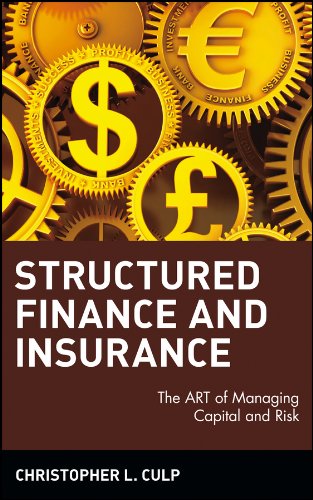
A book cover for Structured Finance and Insurance: The ART of Managing Capital and Risk; Christopher L. Culp; Business & Money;